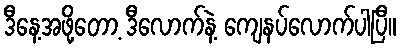
ဒီနေ့အဖို့တော့ ဒီလောက်နဲ့ ကျေနပ်လောက်ပါပြီ။